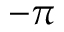
- \pi